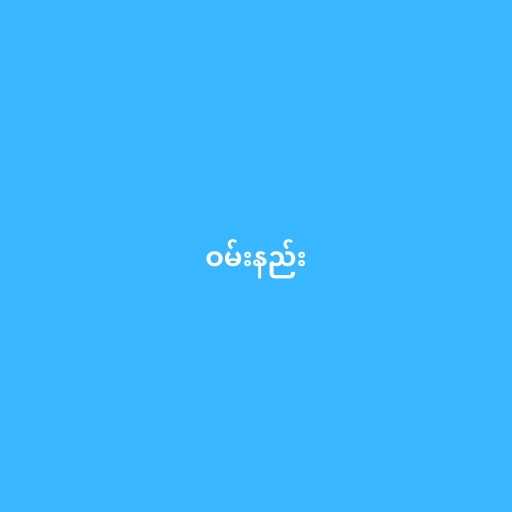
ဝမ်းနည်း